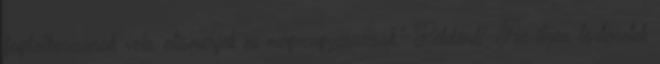
foglalkozzanak vele, elismerjek es megmagyarazzak." Például? Az ilyen történetek